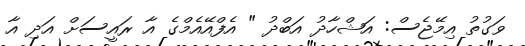
ވަގުތު އިމޭޖެސް: އަޝްހާދު އަބްދު " އެފްއޭއެމްގެ އާ ރައީސަށް އަދި އާ